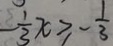
- \frac { 1 } { 3 } x \geq - \frac { 1 } { 3 }